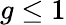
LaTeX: g\leq 1